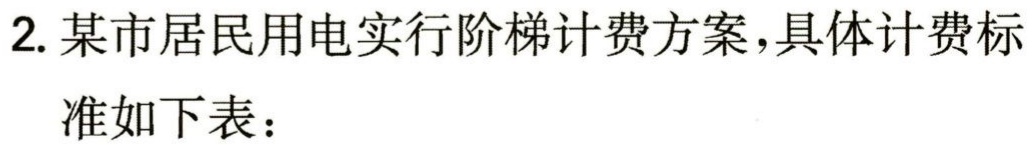
2. 某市居民用电实行阶梯计费方案，具体计费标
准如下表：